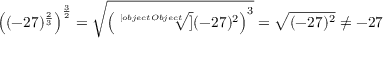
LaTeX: \left( ( - 2 7 ) ^ { \frac { 2 } { 3 } } \right) ^ { \frac { 3 } { 2 } } = { \sqrt { \left( { \sqrt [ [object Object] ] { ( - 2 7 ) ^ { 2 } } } \right) ^ { 3 } } } = { \sqrt { ( - 2 7 ) ^ { 2 } } } \neq - 2 7